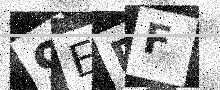
Text: 9EDF